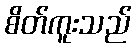
စိတ်ကူးသည်